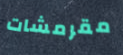
مقرمشات